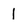
Character: 1